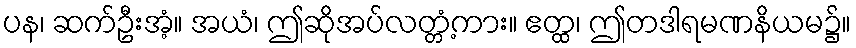
ပန၊ ဆက်ဦးအံ့။ အယံ၊ ဤဆိုအပ်လတ္တံ့ကား။ ဧတ္ထ၊ ဤတဒါရမဏနိယမ၌။